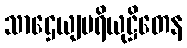
သာဌေယျပရိယုဋ္ဌိတေန